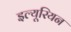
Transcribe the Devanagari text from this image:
इल्यूरियन